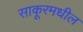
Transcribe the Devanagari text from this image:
साकूरमधील